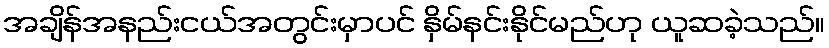
အချိန်အနည်းငယ်အတွင်းမှာပင် နှိမ်နင်းနိုင်မည်ဟု ယူဆခဲ့သည်။